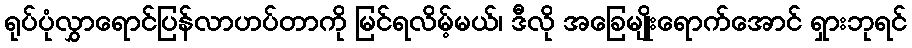
ရုပ်ပုံလွှာရောင်ပြန်လာဟပ်တာကို မြင်ရလိမ့်မယ်၊ ဒီလို အခြေမျိုးရောက်အောင် ရှားဘုရင်